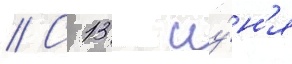
// С 13 иу́н'я